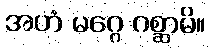
အဟံ မဂ္ဂေ ဂစ္ဆာမိ။